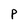
Character: P